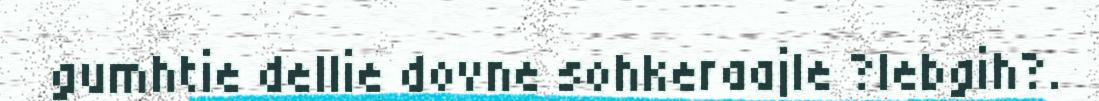
gumhtie dellie dovne sohkeraajle ?lebgih?.